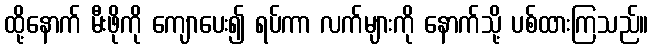
ထို့နောက် မီးဖိုကို ကျောပေး၍ ရပ်ကာ လက်များကို နောက်သို့ ပစ်ထားကြသည်။